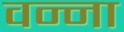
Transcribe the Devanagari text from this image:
वन्ना